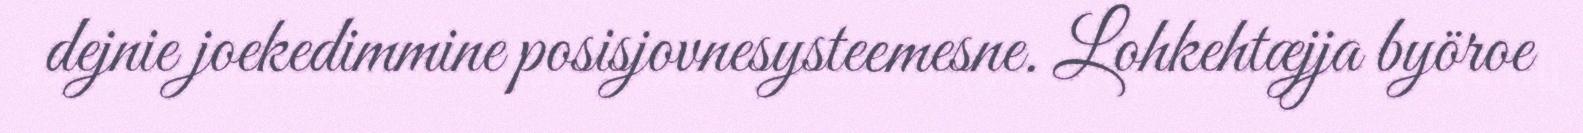
dejnie joekedimmine posisjovnesysteemesne. Lohkehtæjja byöroe